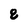
Character: 8